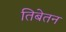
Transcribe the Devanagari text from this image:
तिबेतन